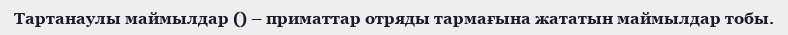
Тартанаулы маймылдар () – приматтар отряды тармағына жататын маймылдар тобы.